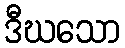
ဒီဃသော